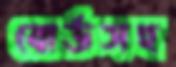
বোর্ডসহ